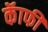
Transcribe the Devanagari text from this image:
कॅाफी